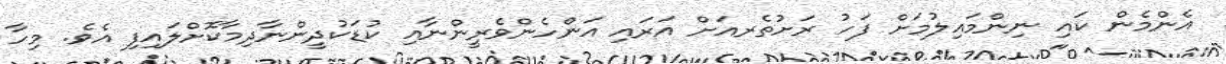
އެންމެން ކައި ނިންމައިލުމަށް ފަހު ރަށުތެރއަށް އަރައި އަންހެންވެރީންނާއި ކުޑަކުދީންނާދިމާކޮށްލައިފި އެވެ. މިހާ